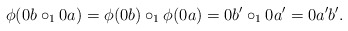
\begin{align*} \phi(0b \circ_1 0a) = \phi(0b) \circ_1 \phi(0a) = 0b' \circ_1 0a' = 0a'b'. \end{align*}